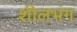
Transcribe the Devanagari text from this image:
शीलभंग